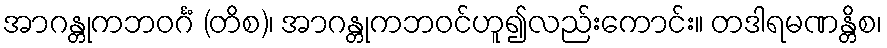
အာဂန္တုကဘဝင်္ဂံ (တိစ)၊ အာဂန္တုကဘဝင်ဟူ၍လည်းကောင်း။ တဒါရမဏန္တိစ၊